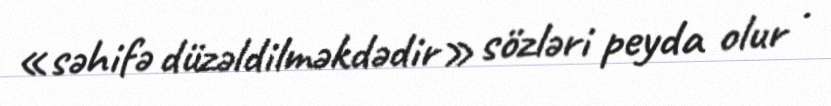
«səhifə düzəldilməkdədir» sözləri peyda olur .